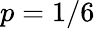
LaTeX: p=1/6